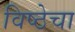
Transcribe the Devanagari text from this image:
विष्ठेचा